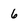
Character: 6